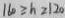
1 6 0 \geq h \geq 1 2 0